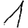
Digit: 1